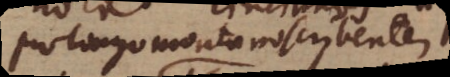
pro Longomontano scribentem